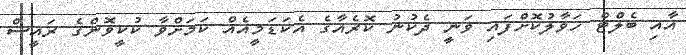
އާއި ބެލްޓް ހަވާލުކޮށްފައި ވަނީ ދެކުނު ކޮރެއާގެ އެކަޑަމީއެއް ކަމަށްވާ ކުކީވޮންގެ ރައީސް